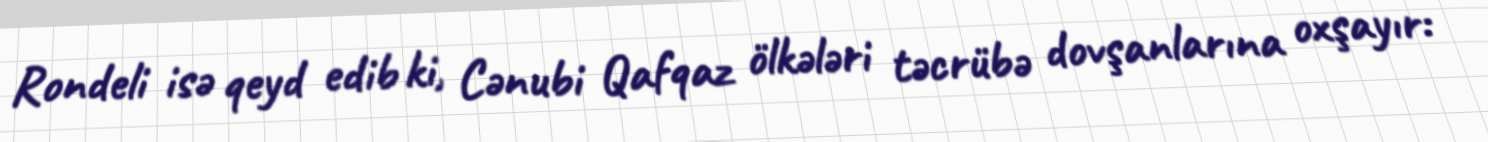
Rondeli isə qeyd edib ki, Cənubi Qafqaz ölkələri təcrübə dovşanlarına oxşayır: